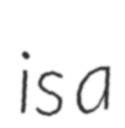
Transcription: is a